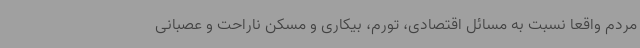
مردم واقعا نسبت به مسائل اقتصادی، تورم، بیکاری و مسکن ناراحت و عصبانی